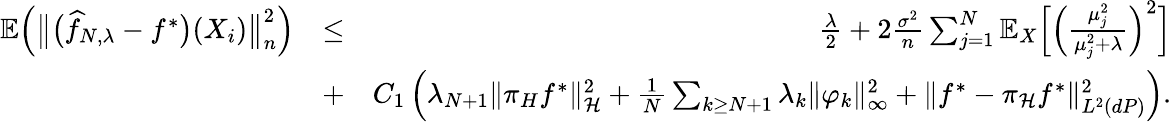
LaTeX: \begin{array}{rlr}{\mathbb{E}\Big(\big\| \big(\widehat{f}_{N,\lambda}-f^{*}\big)(X_{i})\big\| _{n}^{2}\Big)}&{\leq}&{\frac{\lambda}{2}+2\frac{\sigma^{2}}{n}\sum_{j=1}^{N}\mathbb E_{X}\Big[\Big(\frac{\mu_{j}^{2}}{\mu_{j}^{2}+\lambda}\Big)^{2}\Big]}\\ &{+}&{C_{1}\, \Big(\lambda_{N+1}\| \pi_{H}f^{*}\| _{\mathcal H}^{2}+\frac{1}{N}\sum_{k\geq N+1}\lambda_{k}\| \varphi_{k}\| _{\infty}^{2}+\| f^{*}-\pi_{\mathcal H}f^{*}\| _{L^{2}(dP)}^{2}\Big).}\end{array}